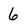
Character: 6